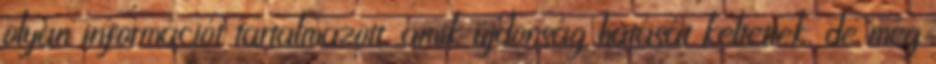
olyan információt tartalmazott, amik újdonság hatását keltettek, de még